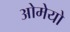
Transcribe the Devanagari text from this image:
ओमेयो